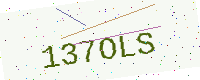
Text: 137OLS